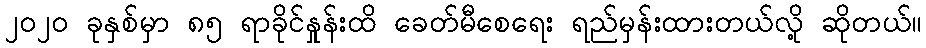
၂၀၂၀ ခုနှစ်မှာ ၈၅ ရာခိုင်နှုန်းထိ ခေတ်မီစေရေး ရည်မှန်းထားတယ်လို့ ဆိုတယ်။